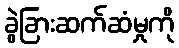
ခွဲခြားဆက်ဆံမှုကို